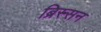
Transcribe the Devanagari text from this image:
ब्रिस्सन